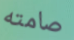
صامته